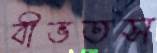
বীভতস